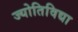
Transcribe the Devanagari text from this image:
ज्योतिविद्या